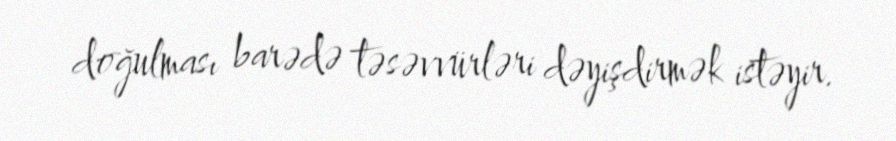
doğulması barədə təsəvvürləri dəyişdirmək istəyir.